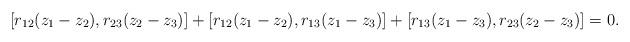
LaTeX: \begin{align*}[r_{12}(z_1-z_2),r_{23}(z_2-z_3)]+[r_{12}(z_1-z_2),r_{13}(z_1-z_3)]+[r_{13}(z_1-z_3),r_{23}(z_2-z_3)]=0.\end{align*}